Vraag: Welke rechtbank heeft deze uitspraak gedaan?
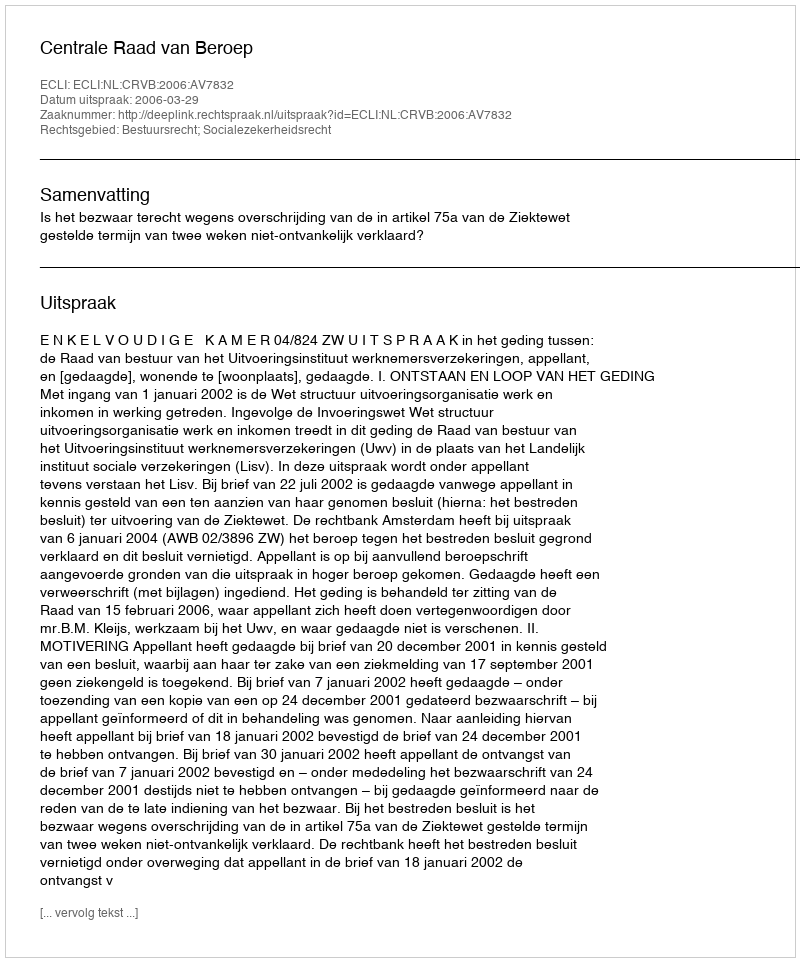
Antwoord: Centrale Raad van Beroep